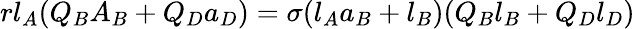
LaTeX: rl_{A}(Q_{B}A_{B}+Q_{D}a_{D})=\sigma(l_{A}a_{B}+l_{B})(Q_{B}l_{B}+Q_{D}l_{D})